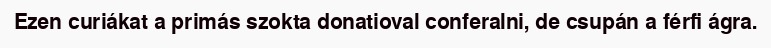
Ezen curiákat a primás szokta donatioval conferalni, de csupán a férfi ágra.